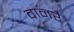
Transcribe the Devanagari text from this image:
वानरै